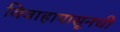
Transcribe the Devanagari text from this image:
विवाहापासूनची